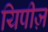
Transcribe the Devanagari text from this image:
यिपीज़